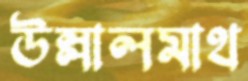
উল্লালমাথ